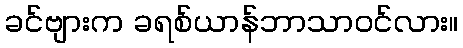
ခင်ဗျားက ခရစ်ယာန်ဘာသာဝင်လား။